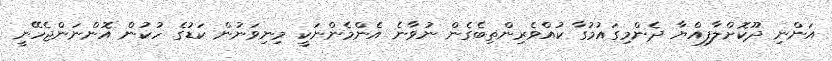
އަންނި ދޫކޮށްލާފިއްޔާ ދެންމިގައުމުގާ ކުއްވެރިންތިބެގެން ނުވާނެ އެންމެންނަކީ މިނިވަނުން ކަޑުގެ ހުކުން އޮންނަންޖެހޭނީ